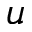
u